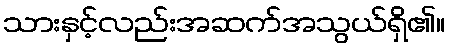
သားနှင့်လည်းအဆက်အသွယ်ရှိ၏။